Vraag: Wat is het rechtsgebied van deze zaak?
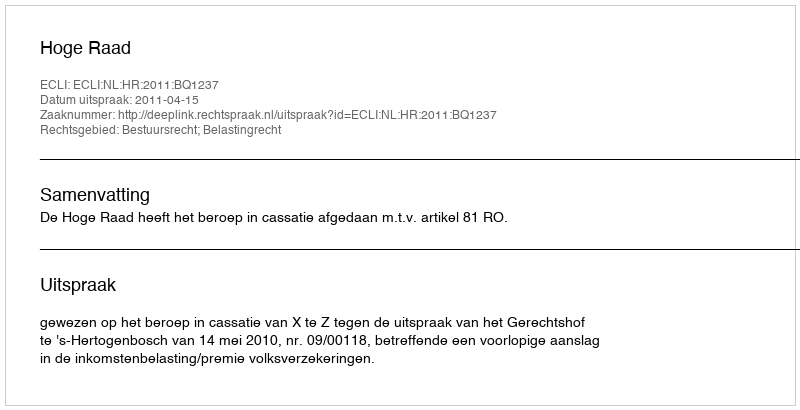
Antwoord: Bestuursrecht; Belastingrecht